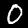
Digit: 0